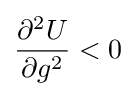
{\frac {\partial ^{2}U}{\partial g^{2}}}<0